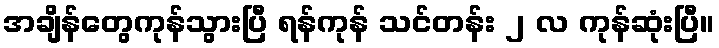
အချိန်တွေကုန်သွားပြီ ရန်ကုန် သင်တန်း ၂ လ ကုန်ဆုံးပြီ။